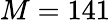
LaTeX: M=141